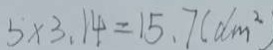
5 \times 3 . 1 4 = 1 5 . 7 ( d m ^ { 2 }